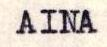
AINA